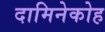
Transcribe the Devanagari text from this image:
दामिनेकोह